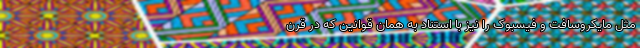
مثل مایکروسافت و فیسبوک را نیز با استناد به همان قوانین که در قرن